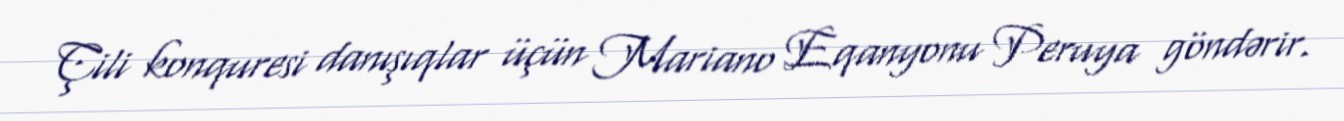
Çili konquresi danışıqlar üçün Mariano Eqanyonu Peruya göndərir.